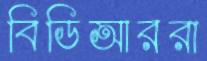
বিডিআররা